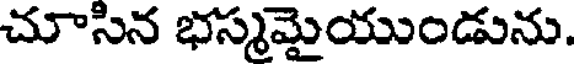
చూసిన భస్మమైయుండును.